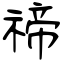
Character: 禘